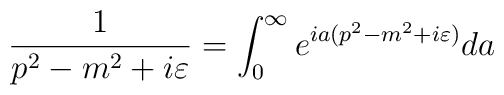
\frac{1}{p^{2}-m^{2}+i\varepsilon }=\int_{0}^{\infty}e^{ia(p^{2}-m^{2}+i\varepsilon )}da